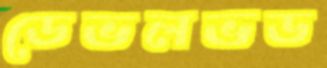
ডেভলভড